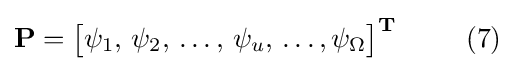
\mathbf {P} ={\begin{bmatrix}\psi _{1},\,\psi _{2},\,\ldots ,\,\psi _{u},\,\ldots ,\psi _{\Omega }\end{bmatrix}}^{\mathbf {T} }\,\,\,\qquad {\text{(7)}}